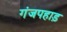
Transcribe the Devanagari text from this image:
गंजपहाड़